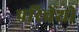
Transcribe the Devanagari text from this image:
परिवेशो